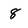
Character: 8